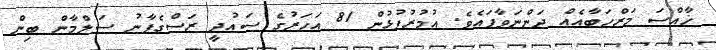
ޚާއްސަ މަރްހަބާއެއް ދަންނަވާފައެވެ. އުމުރުފުޅުން 81 އަހަރުގެ ސައުދީ ރަސްގެފާނު ސަލްމާން ބިން